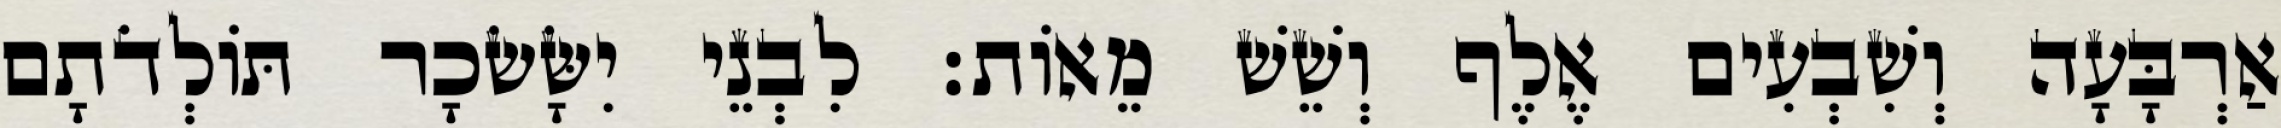
אַרְבָּעָה וְשִׁבְעִים אֶלֶף וְשֵׁשׁ מֵאוֹת׃ לִבְנֵי יִשָּׂשׂכָר תּוֹלְדֹתָם